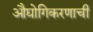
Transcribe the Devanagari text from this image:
औद्योगिकरणाची